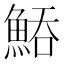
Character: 𩷵